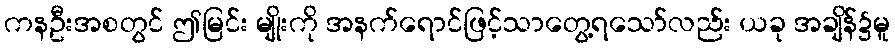
ကနဦးအစတွင် ဤမြင်း မျိုးကို အနက်ရောင်ဖြင့်သာတွေ့ရသော်လည်း ယခု အချိန်၌မူ